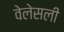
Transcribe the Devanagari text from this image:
वेलेसली